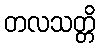
တလသတ္တိ